Plague in India, 1896, 1897 - Volume 4
Year: 1896
Disease focus: Plague
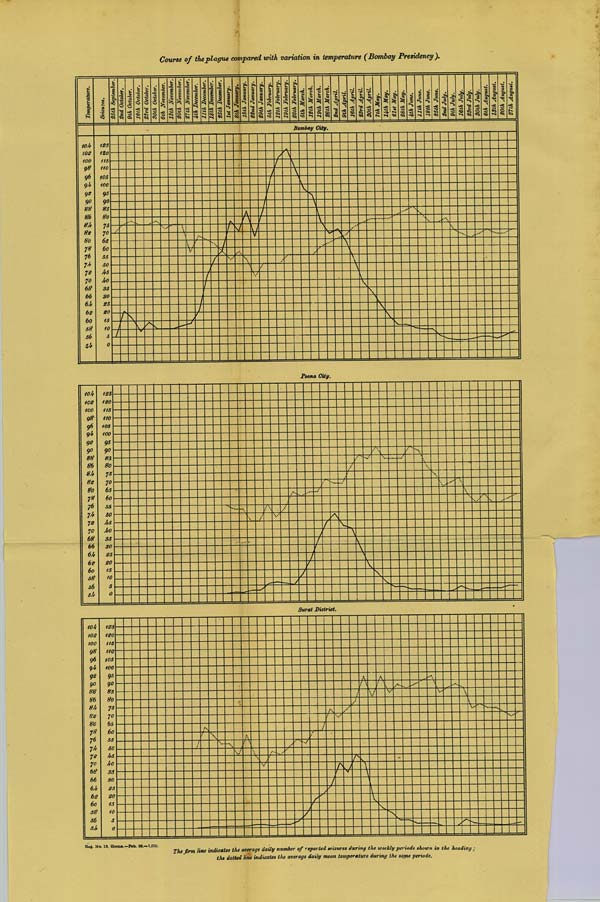
Course of the plague compared with variation in temperature (Bombay Presidency).
Poona City.
Surat District.
Reg. No. 13, Home.—Feb. 98.—1,000.
The firm line indicates the average daily number of reported seizures during the weekly periods shown in the heading;
the dotted line indicates the average daily mean temperature during the same periods.